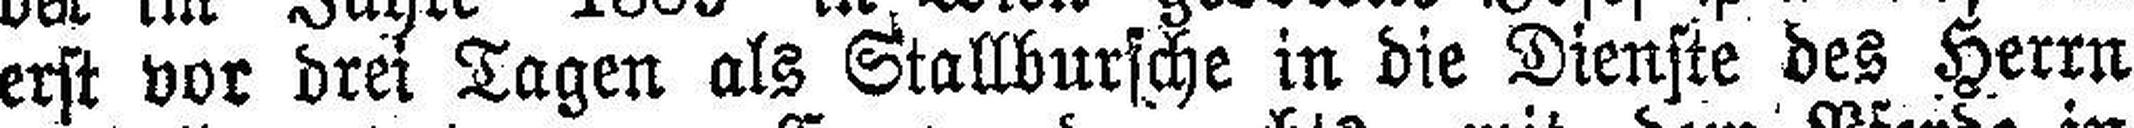
erst vor drei Tagen als Stallbursche in die Dienste des Herrn